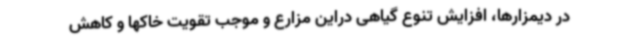
در دیمزارها، افزایش تنوع گیاهی دراین مزارع و موجب تقویت خاکها و کاهش